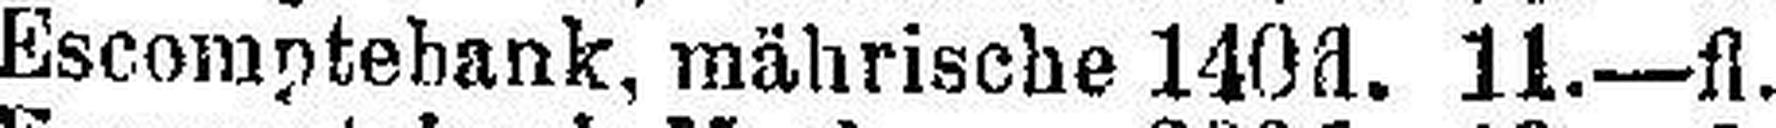
Escomptebank, mährische 140fl. 11.—fl.